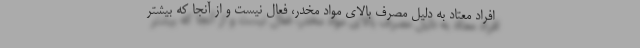
افراد معتاد به دلیل مصرف بالای مواد مخدر، فعال نیست و از آنجا که بیشتر